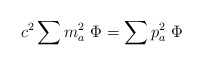
\begin{align*}c^2 \sum m_a ^2 \ \Phi = \sum p_a ^2 \ \Phi \end{align*}